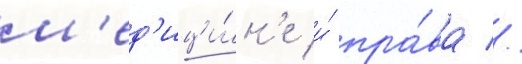
м'ед'ици́н'е и́ пра́ва //